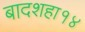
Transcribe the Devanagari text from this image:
बादशहा१४